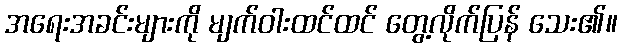
အရေးအခင်းများကို မျက်ဝါးထင်ထင် တွေ့လိုက်ပြန် သေး၏။